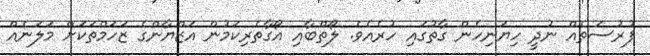
ފުރުސަތެއް ނުދީ ހިޔަނިހެން ގާތުގައި ހުރެއެވެ. ލޯތްބާއި އޯގާތެރިކަމުން އަޒްޔާންގެ ޒަހަމްތަކަށް މަލަނެއް